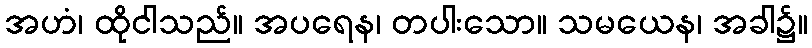
အဟံ၊ ထိုငါသည်။ အပရေန၊ တပါးသော။ သမယေန၊ အခါ၌။